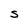
Character: S